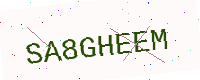
Text: SA8GHEEM